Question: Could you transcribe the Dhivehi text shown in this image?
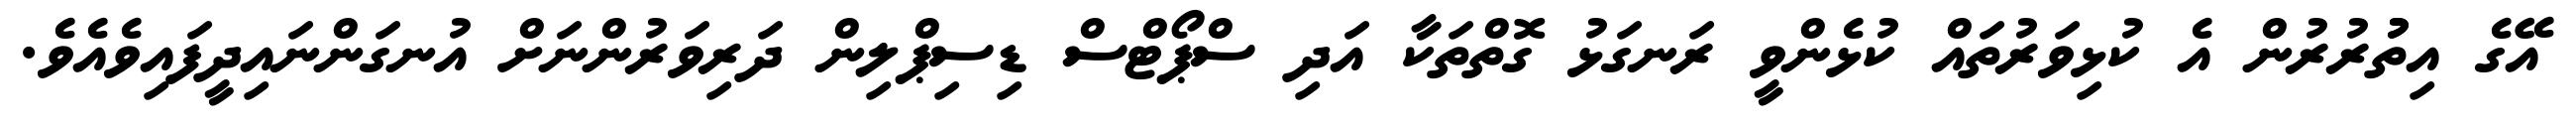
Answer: އޭގެ އިތުުރުރުން އެ ކުޅިވަރުތައް ކުޅެންވީ ރަނގަޅު ގޮތްތަކާ އަދި ސްޕޯޓްސް ޑިސިޕްލިން ދަރިވަރުންނަށް އުނގަންނައިދީފައިވެއެވެ.